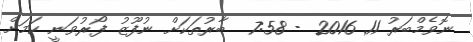
ނޮވެމްބަރު 11